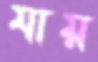
যায়